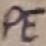
Text: PE